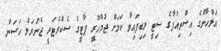
އަލްހާންގެ އިސްތިއުފާގެ ސިޓީ ލިބިފައިވާ ކަމަށް ޖުމްހޫރީ ޕާޓީގެ ސެކްރެޓަރީ ޖެނަރަލް ހަސަން